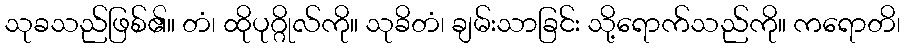
သုခသည်ဖြစ်၏။ တံ၊ ထိုပုဂ္ဂိုလ်ကို။ သုခိတံ၊ ချမ်းသာခြင်း သို့ရောက်သည်ကို။ ကရောတိ၊